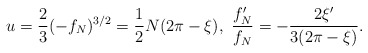
\begin{align*} u=\frac23(-f_N)^{3/2}=\frac{1}{2}N(2\pi-\xi),\ \frac{f_N'}{f_N}=-\frac{2\xi'}{3(2\pi-\xi)}. \end{align*}